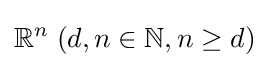
\mathbb {R} ^{n}\;(d,n\in \mathbb {N} ,n\geq d)